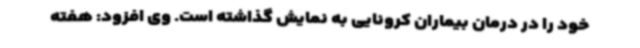
خود را در درمان بیماران کرونایی به نمایش گذاشته است. وی افزود: هفته